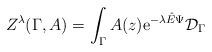
LaTeX: \begin{align*}Z^{\lambda}(\Gamma, A)=\int_{\Gamma}A(z){\rm e}^{-\lambda{\hat E}\Psi} {\cal D}_{\Gamma}\end{align*}